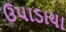
ઉપાડાયા